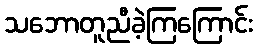
သဘောတူညီခဲ့ကြကြောင်း